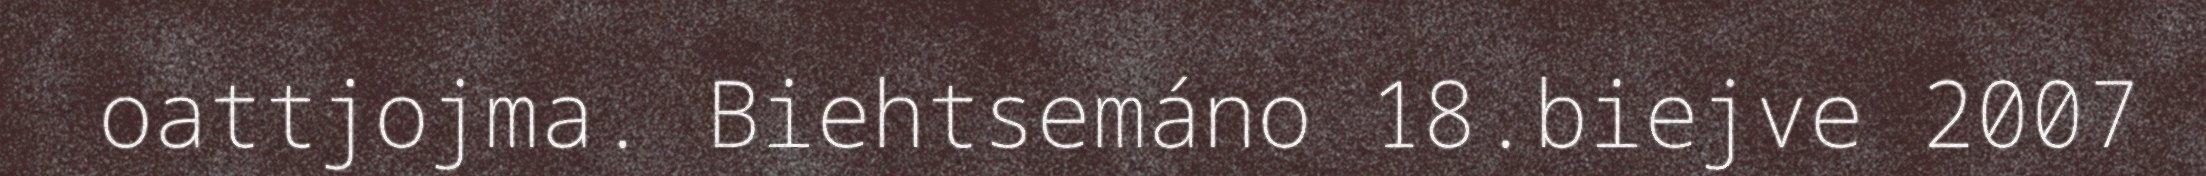
oattjojma. Biehtsemáno 18.biejve 2007